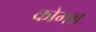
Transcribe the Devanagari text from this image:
कोमन्न